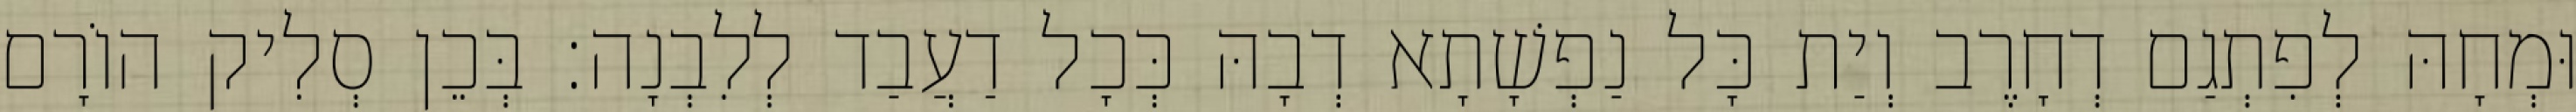
וּמְחָהּ לְפִתְגַם דְחָרֶב וְיַת כָּל נַפְשָׁתָא דְבָהּ כְּכָל דַעֲבַד לְלִבְנָה׃ בְּכֵן סְלִיק הוֹרָם